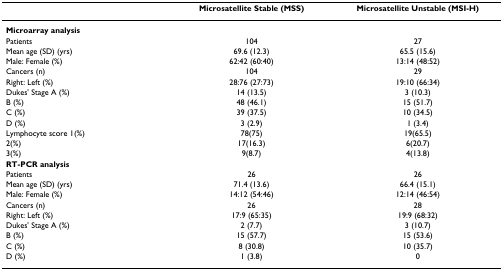
<table><thead><tr><td>[EMPTY_CELL]</td><td><b>Microsatellite Stable (MSS)</b></td><td><b>Microsatellite Unstable (MSI-H)</b></td></tr></thead><tbody><tr><td><b>Microarray analysis</b></td><td>[EMPTY_CELL]</td><td>[EMPTY_CELL]</td></tr><tr><td>Patients</td><td>104</td><td>27</td></tr><tr><td>Mean age (SD) (yrs)</td><td>69.6 (12.3)</td><td>65.5 (15.6)</td></tr><tr><td>Male: Female (%)</td><td>62:42 (60:40)</td><td>13:14 (48:52)</td></tr><tr><td>Cancers (n)</td><td>104</td><td>29</td></tr><tr><td>Right: Left (%)</td><td>28:76 (27:73)</td><td>19:10 (66:34)</td></tr><tr><td>Dukes' Stage A (%)</td><td>14 (13.5)</td><td>3 (10.3)</td></tr><tr><td>B (%)</td><td>48 (46.1)</td><td>15 (51.7)</td></tr><tr><td>C (%)</td><td>39 (37.5)</td><td>10 (34.5)</td></tr><tr><td>D (%)</td><td>3 (2.9)</td><td>1 (3.4)</td></tr><tr><td>Lymphocyte score 1(%)</td><td>78(75)</td><td>19(65.5)</td></tr><tr><td>2(%)</td><td>17(16.3)</td><td>6(20.7)</td></tr><tr><td>3(%)</td><td>9(8.7)</td><td>4(13.8)</td></tr><tr><td><b>RT-PCR analysis</b></td><td>[EMPTY_CELL]</td><td>[EMPTY_CELL]</td></tr><tr><td>Patients</td><td>26</td><td>26</td></tr><tr><td>Mean age (SD) (yrs)</td><td>71.4 (13.6)</td><td>66.4 (15.1)</td></tr><tr><td>Male: Female (%)</td><td>14:12 (54:46)</td><td>12:14 (46:54)</td></tr><tr><td>Cancers (n)</td><td>26</td><td>28</td></tr><tr><td>Right: Left (%)</td><td>17:9 (65:35)</td><td>19:9 (68:32)</td></tr><tr><td>Dukes' Stage A (%)</td><td>2 (7.7)</td><td>3 (10.7)</td></tr><tr><td>B (%)</td><td>15 (57.7)</td><td>15 (53.6)</td></tr><tr><td>C (%)</td><td>8 (30.8)</td><td>10 (35.7)</td></tr><tr><td>D (%)</td><td>1 (3.8)</td><td>0</td></tr></tbody></table>